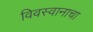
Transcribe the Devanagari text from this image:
विवस्वानाचा